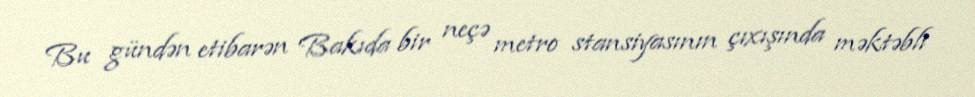
Bu gündən etibarən Bakıda bir neçə metro stansiyasının çıxışında məktəbli